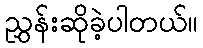
ညွှန်းဆိုခဲ့ပါတယ်။